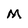
Character: M